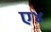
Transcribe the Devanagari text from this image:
ए४